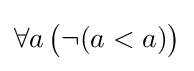
\forall a\,{\bigl (}\lnot (a<a){\bigr )}